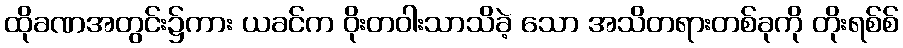
ထိုခဏအတွင်း၌ကား ယခင်က ဝိုးတဝါးသာသိခဲ့ သော အသိတရားတစ်ခုကို တိုးရစ်စ်